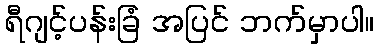
ရီဂျင့်ပန်းခြံ အပြင် ဘက်မှာပါ။